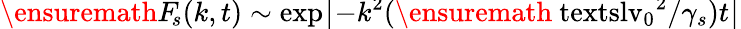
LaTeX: \ensuremath{F_{\! s}}(k,t)\sim\smash{\exp\bigl[-k^{2}(\ensuremath{\mathrm{\ textsl{v}}_{0}}^{2}/\gamma_{s})t\bigr]}